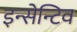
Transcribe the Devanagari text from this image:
इन्सेन्टिव